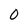
Character: 0